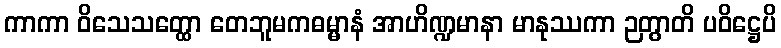
ကာကာ ဝိသေသတ္ထော တေဘူမကဓမ္မာနံ အာဟိဏ္ဍမာနာ မာနုဿကာ ဉတွာတိ ပဝိဋ္ဌေပိ